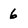
Character: 6